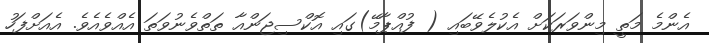
އެންމެ މަތީ މިންވަރަކަށް އެކުލެވޭބައި ( ފުއްޕާމޭ)ގައި އޮކްސިޖަންއާ ތަތްވެނުވަތަ އެއްވެއެވެ. އެއަށްފަހު